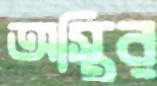
অস্থির